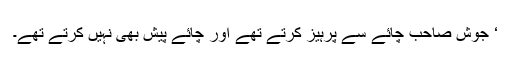
‘ جوش صاحب چائے سے پرہیز کرتے تھے اور چائے پیش بھی نہیں کرتے تھے۔